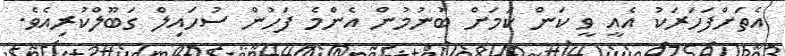
އެތަށްފަހަރަކު އެއީ ވީ ކަން ކަމަށް ބުނުމުން އެންމެ ފަހުން ސުހައިލް ގަބޫލްކުރިއެވެ.